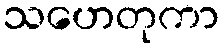
သဟေတုကာ